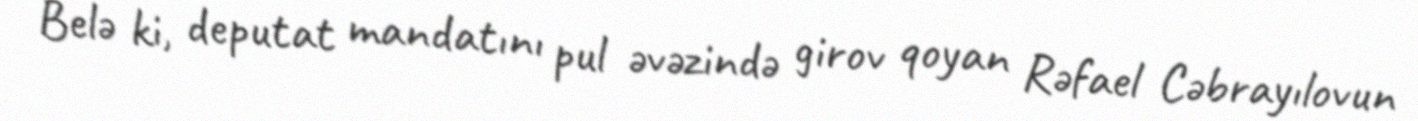
Belə ki, deputat mandatını pul əvəzində girov qoyan Rəfael Cəbrayılovun